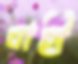
বাহী